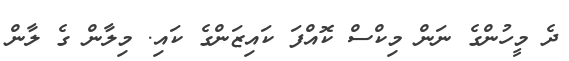
ދެ މީހުންގެ ނަން މިކްސް ކޮއްފަ ކައިޒަންގެ ކައި. މިލާން ގެ ލާން